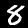
Digit: 8